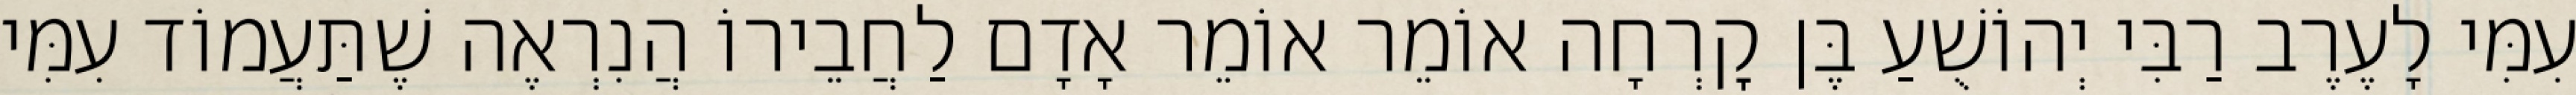
עִמִּי לָעֶרֶב רַבִּי יְהוֹשֻׁעַ בֶּן קׇרְחָה אוֹמֵר אוֹמֵר אָדָם לַחֲבֵירוֹ הֲנִרְאֶה שֶׁתַּעֲמוֹד עִמִּי